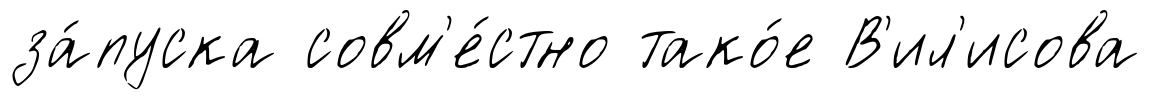
за́пуска совм'е́стно тако́е В'ил'исова